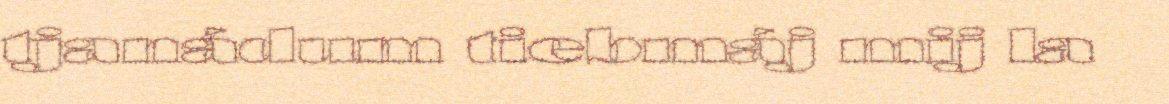
tjanádum tiebmáj mij la